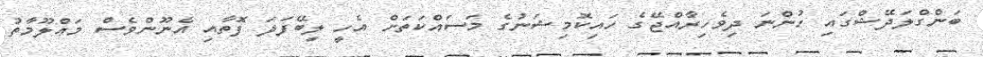
ބަންގްލަދޭޝްގައި ހުންނަ ދިވެހިރާއްޖޭގެ ހައިކޮމިޝަނުގެ މަސައްކަތަށް އެހީ ލިބޭފަދަ ފޮތާއި އެނޫންވެސް މަޢްލޫމާތު